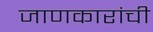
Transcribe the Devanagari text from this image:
जाणकारांची